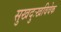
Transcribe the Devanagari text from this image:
सुखदुःखविवेक